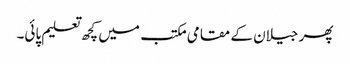
پھر جیلان کے مقامی مکتب میں کچھ تعلیم پائی۔